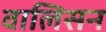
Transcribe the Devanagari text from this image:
वालिसन